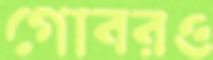
গোবরও